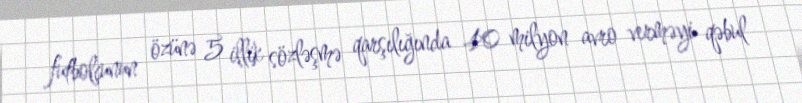
futbolçunun özünə 5 illik sözləşmə qarşılığında 40 milyon avro verməyi qəbul